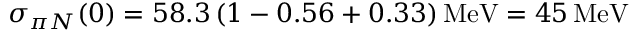
\sigma _ { \pi N } ( 0 ) = 5 8 . 3 \, ( 1 - 0 . 5 6 + 0 . 3 3 ) \, \mathrm { M e V } = 4 5 \, \mathrm { M e V } \, \,